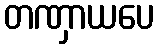
တဏှာယပေ